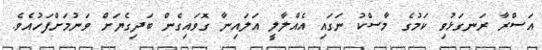
އަސްރާ ރަނގަޅުވި ކަމުގެ މާސްކު ނަގައި އެއްލާލީ އަލައިނާ ގޮވައިގެން ބަދިގެޔަށް ވަނުމަށްފަހުއެވެ.